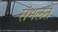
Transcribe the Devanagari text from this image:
संभलते